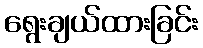
ရွေးချယ်ထားခြင်း